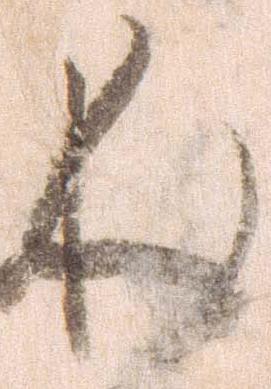
く